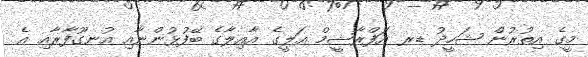
މީގެ އިތުރުން ޝަހީދު ޑރ އަފްރާޝީމް އަލީގެ އާއިލާގެ ބޭފުޅުންނާއި އުނގޫފާރާއި އެ